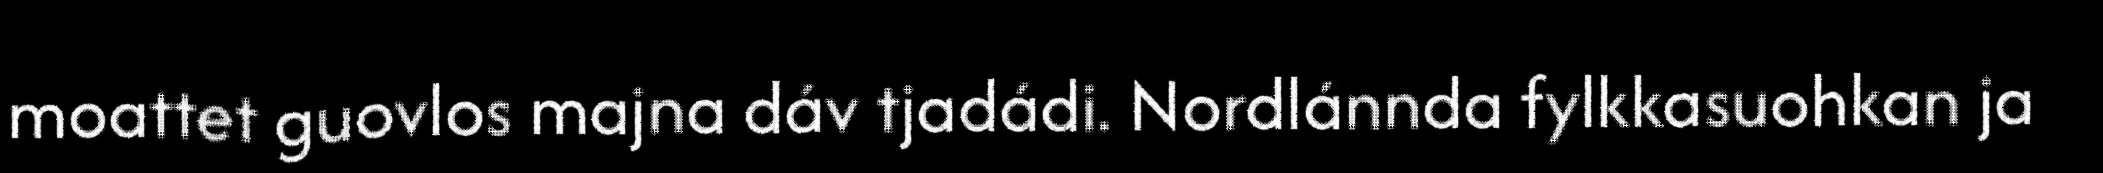
moattet guovlos majna dáv tjadádi. Nordlánnda fylkkasuohkan ja